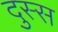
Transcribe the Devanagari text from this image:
दुस्स